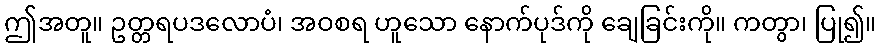
ဤအတူ။ ဥတ္တရပဒလောပံ၊ အဝစရ ဟူသော နောက်ပုဒ်ကို ချေခြင်းကို။ ကတွာ၊ ပြု၍။